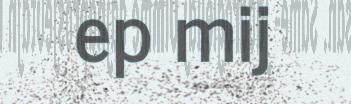
ep mij